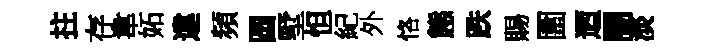
拄存韋妬違頻圆墅怛紀外恪態跌賜圍迺闇淡